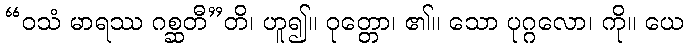
“ဝသံ မာရဿ ဂစ္ဆတီ”တိ၊ ဟူ၍။ ဝုတ္တော၊ ၏။ သော ပုဂ္ဂလော၊ ကို။ ယေ